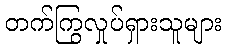
တက်ကြွလှုပ်ရှားသူများ